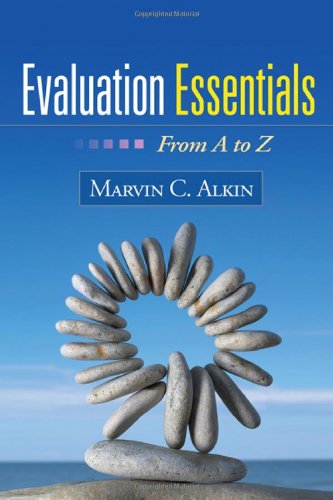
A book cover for Evaluation Essentials: From A to Z; Marvin C. Alkin EdD; Medical Books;